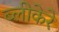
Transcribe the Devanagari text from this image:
ब्लीकेरे